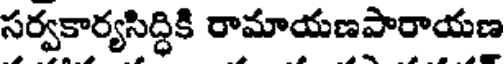
సర్వకార్యసిద్ధికి రామాయణపారాయణ